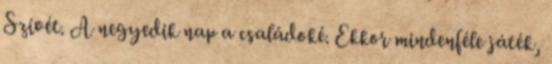
Szívét. A negyedik nap a családoké. Ekkor mindenféle játék,